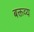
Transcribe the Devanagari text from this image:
बक्तव्य